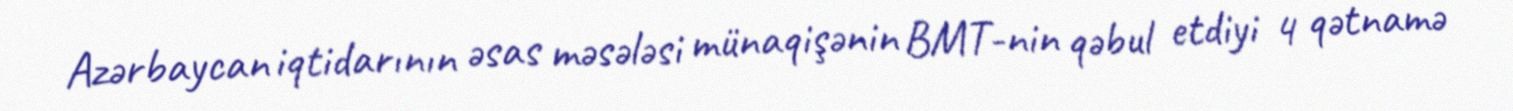
Azərbaycan iqtidarının əsas məsələsi münaqişənin BMT-nin qəbul etdiyi 4 qətnamə